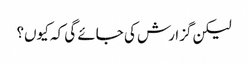
لیکن گزارش کی جائے گی کہ کیوں؟